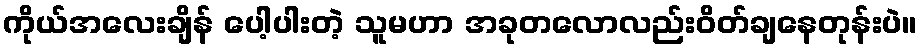
ကိုယ်အလေးချိန် ပေါ့ပါးတဲ့ သူမဟာ အခုတလောလည်းဝိတ်ချနေတုန်းပဲ။